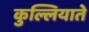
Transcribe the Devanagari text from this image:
कुल्लियाते